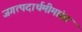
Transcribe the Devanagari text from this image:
जगत्पदार्थमीमांसा